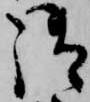
御